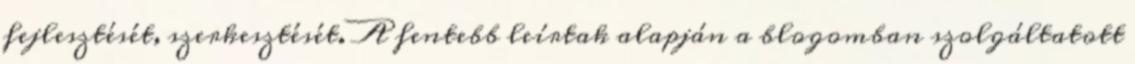
fejlesztését, szerkesztését. A fentebb leírtak alapján a blogomban szolgáltatott